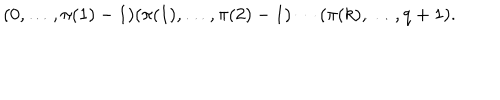
( 0 , \ldots , \pi ( 1 ) - 1 ) ( \pi ( 1 ) , \ldots , \pi ( 2 ) - 1 ) \cdots ( \pi ( k ) , \ldots , q + 1 ) .